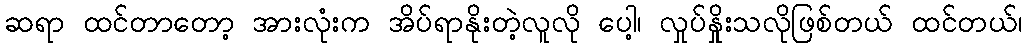
ဆရာ ထင်တာတော့ အားလုံးက အိပ်ရာနိုးတဲ့လူလို ပေါ့၊ လှုပ်နှိုးသလိုဖြစ်တယ် ထင်တယ်၊